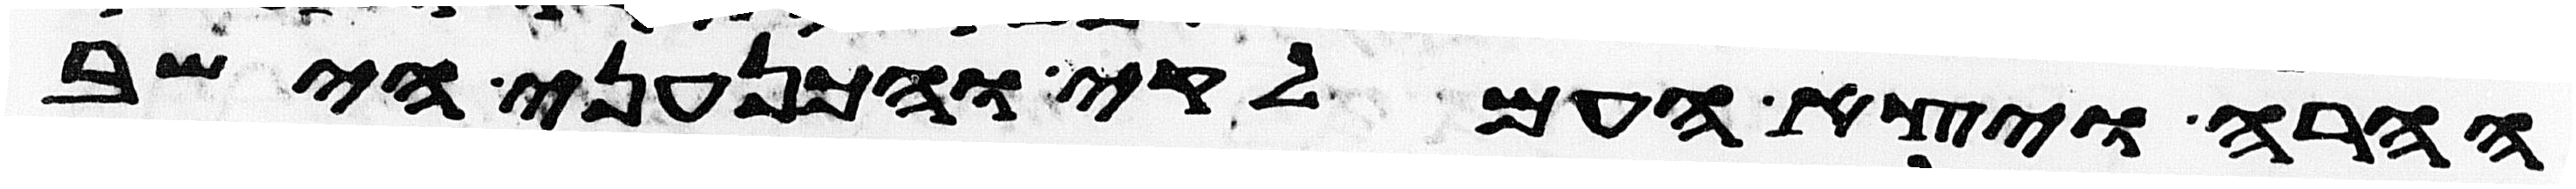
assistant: ההרה ויצא העמלקי והכנעני הישב